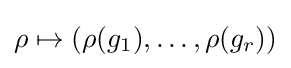
\rho \mapsto (\rho (g_{1}),\ldots ,\rho (g_{r}))